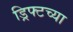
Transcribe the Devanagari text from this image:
ड्रिफ्टच्या